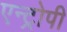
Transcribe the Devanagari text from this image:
एन्ट्रोपी